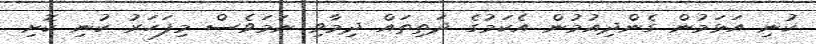
ކުނި އަޅަމުން ގެންދިއުމުން އެކަމުގެ ދަތިތައް ދިމާވި ނަަމަވެސް މިފަހަރު ކުނި ކޮށި